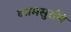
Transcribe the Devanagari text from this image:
कामसुरभि